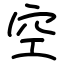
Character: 空